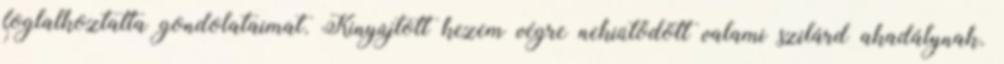
foglalkoztatta gondolataimat. Kinyújtott kezem végre nekiütődött valami szilárd akadálynak.